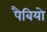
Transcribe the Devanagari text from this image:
पैबियो